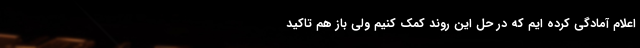
اعلام آمادگی کرده ایم که در حل این روند کمک کنیم ولی باز هم تاکید